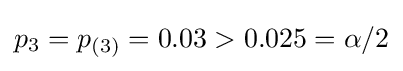
p_{3}=p_{(3)}=0.03>0.025=\alpha /2